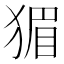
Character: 猸